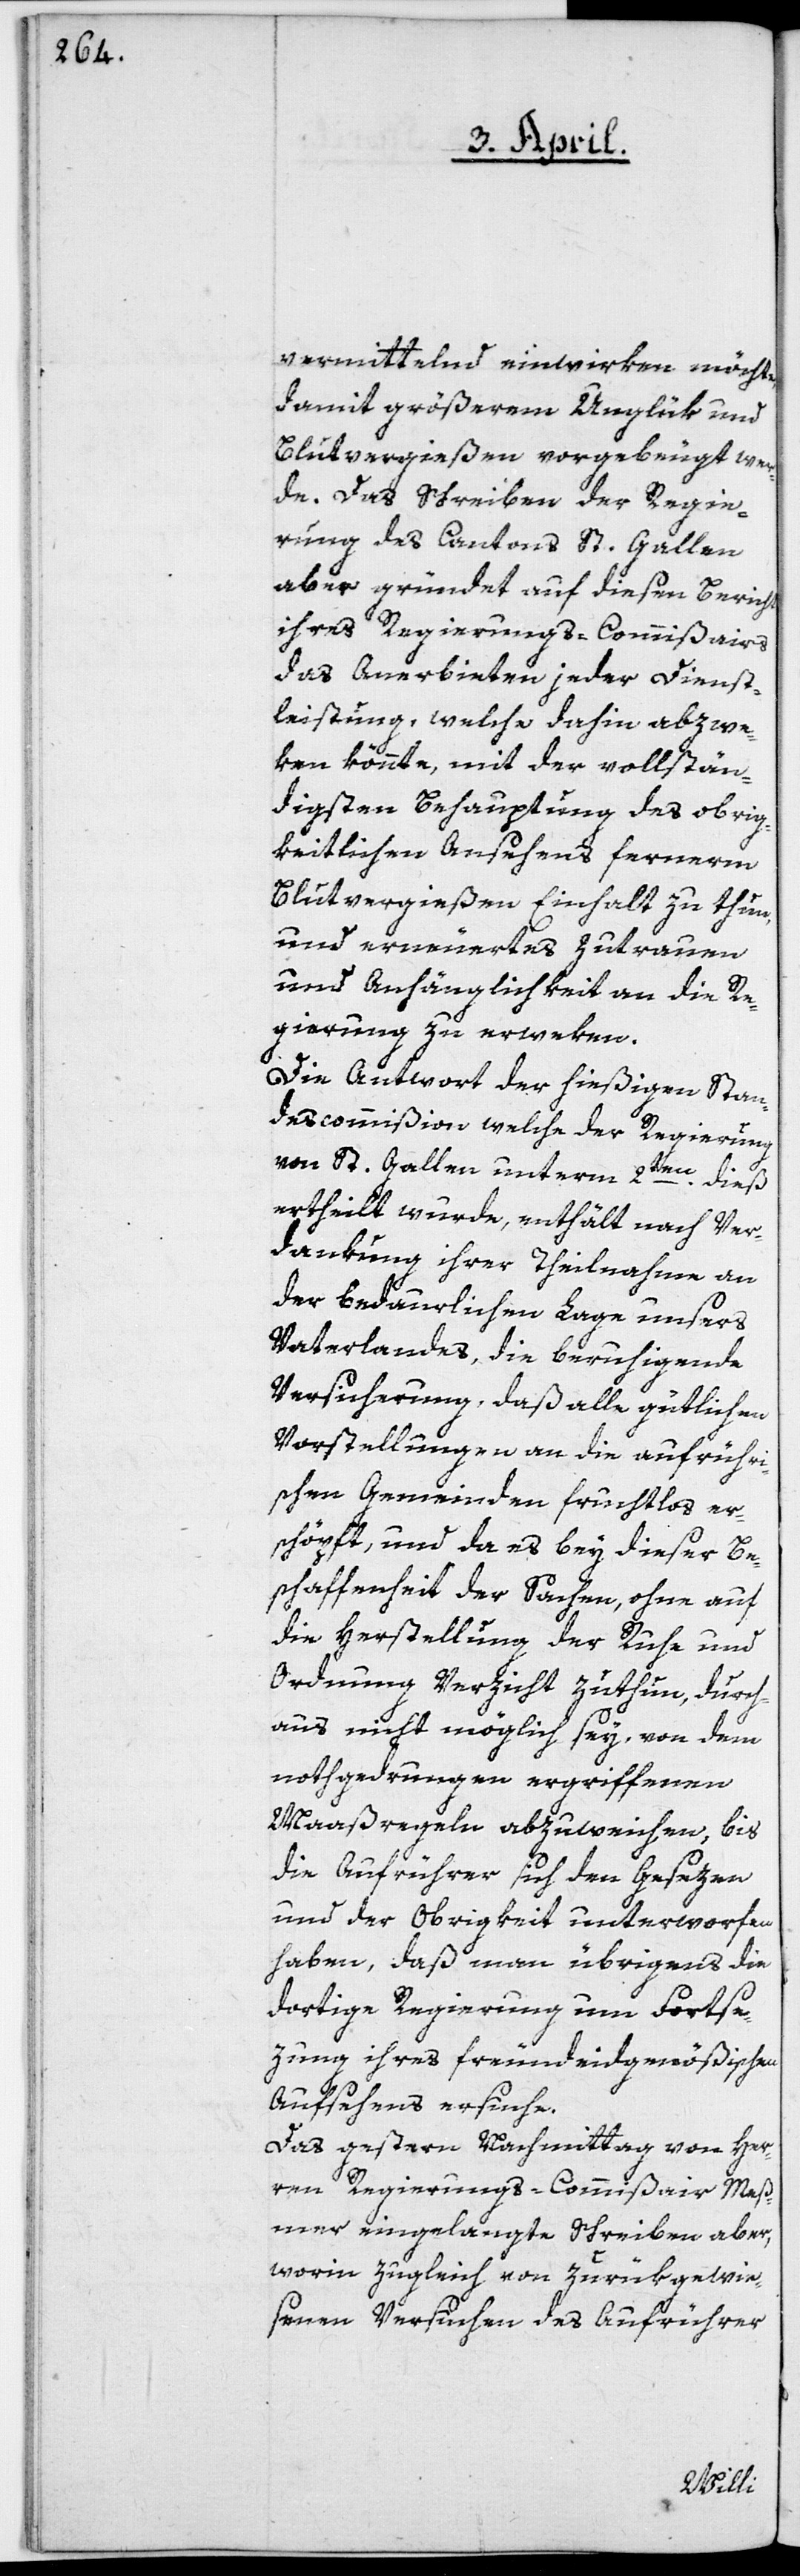
vermittelnd einwirken möchte,
damit größerem Unglük und
Blutvergießen vorgebeugt wer¬
de. Das Schreiben der Regie¬
rung des Cantons St. Gallen
aber gründet auf diesen Bericht
ihres Regierungs-Commißairs
das Anerbieten jeder Dienst¬
leistung, welche dahin abzwe¬
ken könnte, mit der vollstän¬
digsten Behauptung des obrig¬
keitlichen Ansehens fernerm
Blutvergießen Einhalt zu thun,
und erneuertes Zutrauen
und Anhänglichkeit an die Re¬
gierung zu erweken.
Die Antwort der hießigen Stan¬
descommißion, welche der Regierung
von St. Gallen unterm 2ten dieß
ertheilt wurde, enthält nach Ver¬
dankung ihrer Theilnahme an
der bedaurlichen Lage unsers
Vaterlandes, die beruhigende
Versicherung, daß alle gütlichen
Vorstellungen an die aufrühri¬
schen Gemeinden fruchtlos er¬
schöpft, und da es bey dieser Be¬
schaffenheit der Sachen, ohne auf
die Herstellung der Ruhe und
Ordnung Verzicht zuthun, durch¬
aus nicht möglich sey, von dem
nothgedrungen ergriffenen
Maaßregeln abzuweichen, bis
die Aufrührer sich den Gesezen
und der Obrigkeit unterworfen
haben, daß man übrigens die
dortige Regierung um Forstse¬
zung ihres freundeidgenößischen
Aufsehens ersuche.
Das gestern Nachmittag von Her¬
ren Regierungs-Commißair Meß¬
mer eingelangte Schreiben aber,
worin zugleich von zurükgewie¬
senen Versuchen des Aufrührer